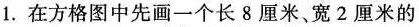
1.在方格图中先画一个长8厘米、宽2厘米的